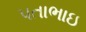
પતાભાઇ